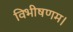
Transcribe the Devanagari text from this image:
विभीषणम।